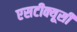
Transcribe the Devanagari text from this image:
एसटीक्यूसी